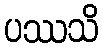
ပဿသိ